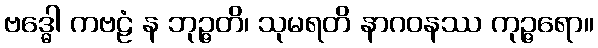
ဗဒ္ဓေါ ကဗဠံ န ဘုဉ္ဇတိ၊ သုမရတိ နာဂဝနဿ ကုဉ္ဇရော။